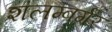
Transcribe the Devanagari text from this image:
शलम्बर्गर